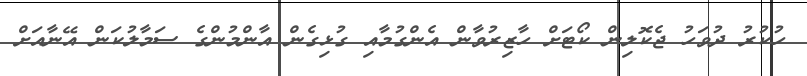
ހުކުރު ދުވަހު ޖެކޮލިން ކޯޓަށް ހާޒިރުވާން އެންގުމާއި ގުޅިގެން އާންމުންގެ ސަމާލުކަން އޭނާއަށް